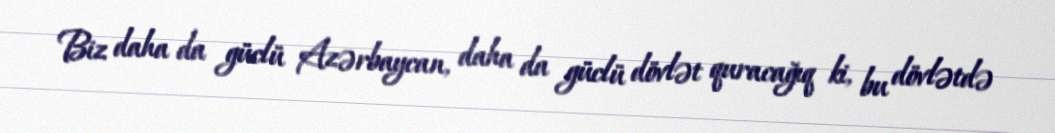
Biz daha da güclü Azərbaycan, daha da güclü dövlət quracağıq ki, bu dövlətdə